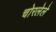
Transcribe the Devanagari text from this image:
चोरलेले